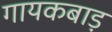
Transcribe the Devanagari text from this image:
गायकबाड़